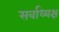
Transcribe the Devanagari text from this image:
सर्वाध्यक्ष